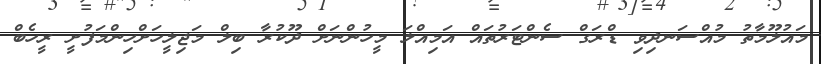
މައުލޫމާތު މުއްސަނދިވި ޑްރަގް ސެންޓަރުތައް އަމިއްލަ މީހުންނަށް ދޫކުރާ ބިލް މަޖިލީހަށްހިންމަފުށީ ރީހެބް